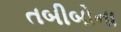
તબીબોના